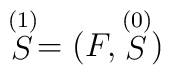
\stackrel{(1)}{S}=(F,\stackrel{(0)}{S})